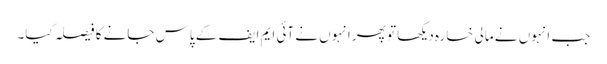
جب انہوں نے مالی خسارہ دیکھا تو پھر انہوں نے آئی ایم ایف کے پاس جانے کا فیصلہ کیا۔